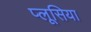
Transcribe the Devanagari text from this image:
प्लूसिया